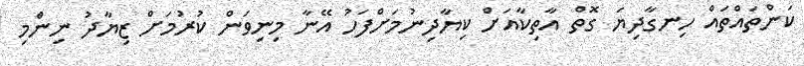
ކަންތައްތައް ހިނގާދިޔަ ގޮތް އާތިކާއަށް ކިޔާދިނުމަށްފަހު އޭނާ މިނިވަން ކުރުމަށް ޒިޔާދު ނިންމި